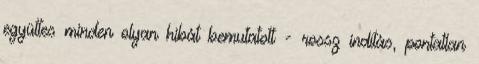
együttes minden olyan hibát bemutatott - rossz indítás, pontatlan